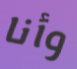
وأنا